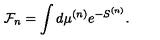
{ \cal F } _ { n } = \int d \mu ^ { ( n ) } e ^ { - S ^ { ( n ) } } .